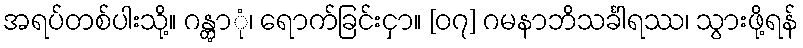
အရပ်တစ်ပါးသို့။ ဂန္တွာုံ၊ ရောက်ခြင်းငှာ။ [၀၇] ဂမနာဘိသင်္ခါရဿ၊ သွားဖို့ရန်